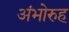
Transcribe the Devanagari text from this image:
अंभोरुह